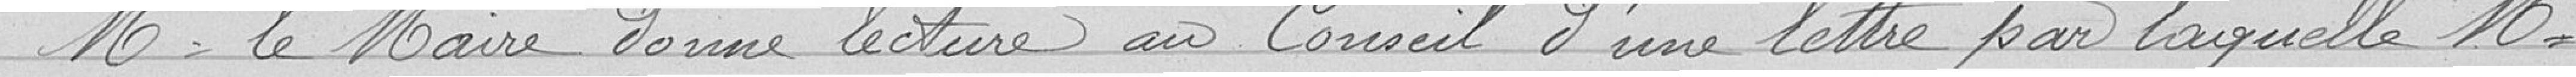
Monsieur le Maire donne lecture au Conseil d'une lettre par laquelle Monsieur